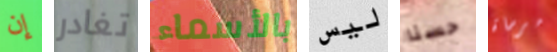
إن تغادر بالأسماء ليس حسنا مرساة